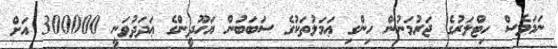
ނަމަވެސް ހިޓްލަރުގެ ޖަރުމަނުން ހިންގި ޢަމަލުތަކުގެ ސަބަބުން ޔަހޫދީންގެ ޢަދަދުވަނީ 300000 އަށް